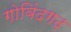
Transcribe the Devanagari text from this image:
गोबिंदगढ़